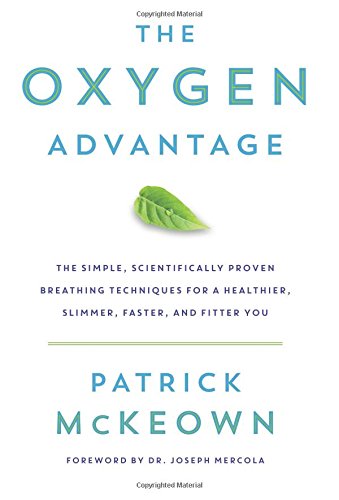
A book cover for The Oxygen Advantage: The Simple, Scientifically Proven Breathing Techniques for a Healthier, Slimmer, Faster, and Fitter You; Patrick McKeown; Health, Fitness & Dieting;